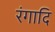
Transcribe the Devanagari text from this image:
रंगादि